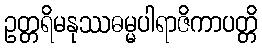
ဥတ္တရိမနုဿဓမ္မပါရာဇိကာပတ္တိ